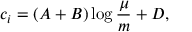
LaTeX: c _ { i } = \left( A + B \right) \log { \frac { \mu } { m } } + D ,